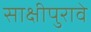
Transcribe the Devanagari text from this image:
साक्षीपुरावे